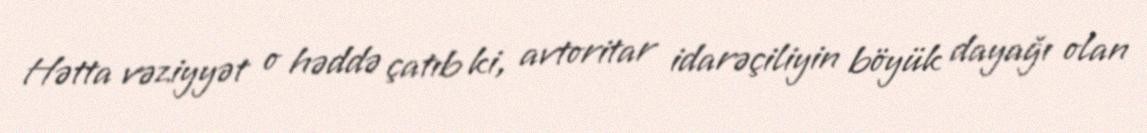
Hətta vəziyyət o həddə çatıb ki, avtoritar idarəçiliyin böyük dayağı olan